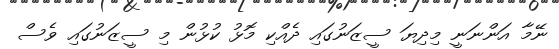
ނޭމާ އަންނަނީ މިދިޔަ ސީޒަނުގައި ދެއްކި މޮޅު ކުޅުން މި ސީޒަނުގައި ވެސް